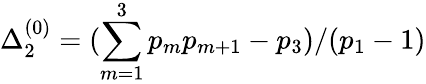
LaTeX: \Delta_{2}^{(0)}=(\sum_{m=1}^{3}p_{m}p_{m+1}-p_{3})/(p_{1}-1)